Scotch Education Department, 1911
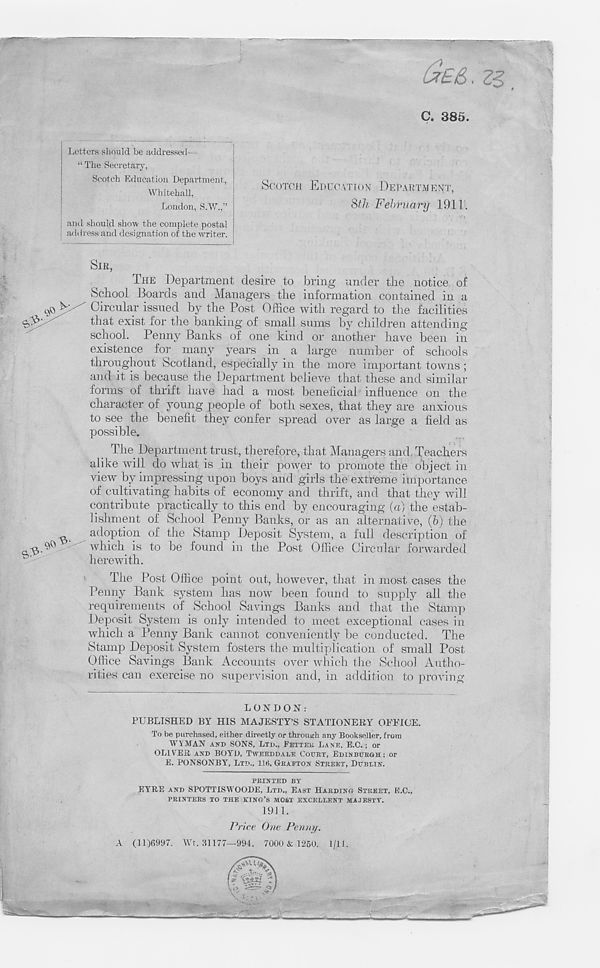
»
a 385.
Letters should be addressed—•
“ The Secretary,
Scotch Education Department,
Whitehall,
London, S.W.,”
and should show the complete postal
address and designation of the writer.
SCOTCH EDUCATION DEPARTMENT,
8/7/- February 19111
SIR,
THE Department desire to bring under the notice of
School Boards and Managers the information contained in a
Circular issued by the Post Office with regard to the facilities
t^iat ex i st ^o r
hanking of small sums by children attending
school. Penny Banks of one kind or another have been in
existence for many years in a large number of schools
throughout Scotland, especially in the more important towns;
and it is because the Department believe that these and similar
forms of thrift have had a most beneficial influence on the
character of young people of both sexes, that they are anxious
to see the benefit they confer spread over as large a field as
possible.
The Department trust, therefore, that Managers and, Teachers
alike will do Avhat is in their power to promote the object in
view by impressing upon boys and girls the extreme importance
of cultivating habits of economy and thrift, and that they will
contribute practically to this end by encouraging (a) the estab-
lishment of School Penny Banks, or as an alternative, (b) the
adoption of the Stamp Deposit System, a full description of
' which is to be found in the Post Office Circular forwarded
herewith.
The Post Office point out, however, that in most cases the
Penny Bank system has now been found to supply all the
requirements of School Savings Banks and that tlie Stamp
Deposit System is only intended to meet exceptional cases in
which a Penny Bank cannot conveniently be conducted. The
Stamp Deposit System fosters the multiplication of small Post
Office Savings Bank Accounts over which the School Autho-
rities can exercise no supervision and, in addition to proving
LONDON:
PUBLISHED BY HIS MAJESTY’S STATIONERY OFFICE.
To be purchased, either directly or through any Bookseller, from
WYMAN AND SONS, LTD., FETTEK LANE, E.C.; or
OLIVER AND BOYD, TWEEDDADE COTJBT, EDINBUR&H ; or
E. PONSONBY, LTD., 116, GEAETON STREET, DUBLIN.
PRINTED BY
EYRE AND SPOTTISWOODE, LTD., EAST HARDING STREET, E.C.,
PRINTERS TO THE KING’S MOST EXCELLENT MAJESTY.
1911.
Price One Penny.
A (11)6997. Wt, 31177—994. 7000 & 1260. 1/11.